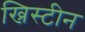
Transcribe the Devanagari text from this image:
ख्रिस्टीन